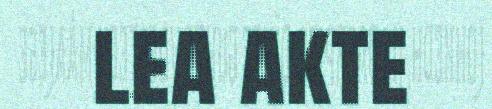
lea akte